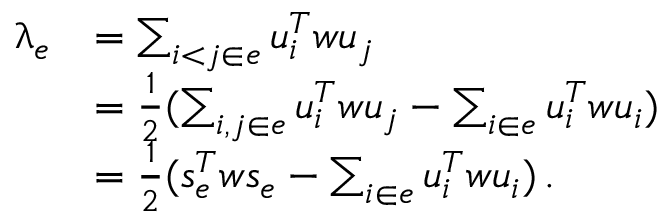
\begin{array} { r l } { \uplambda _ { e } } & { = \sum _ { i < j \in e } u _ { i } ^ { T } w u _ { j } } \\ & { = \frac { 1 } { 2 } ( \sum _ { i , j \in e } u _ { i } ^ { T } w u _ { j } - \sum _ { i \in e } u _ { i } ^ { T } w u _ { i } ) } \\ & { = \frac { 1 } { 2 } ( s _ { e } ^ { T } w s _ { e } - \sum _ { i \in e } u _ { i } ^ { T } w u _ { i } ) \, . } \end{array}